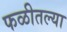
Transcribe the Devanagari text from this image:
फळीतल्या